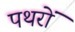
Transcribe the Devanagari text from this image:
पथरों